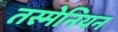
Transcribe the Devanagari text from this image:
तस्मेनियन